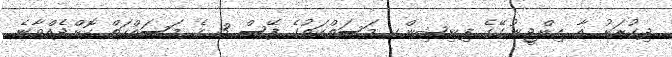
ދިގުރަށު އާ އިންޖީނުގޭގެ ފިނިޝިންގ މަސަތްކަތުގެ ފޭސް 3 ގެ މަސައްކަތް ކޮށްދެއްވާނެ